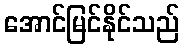
အောင်မြင်နိုင်သည်